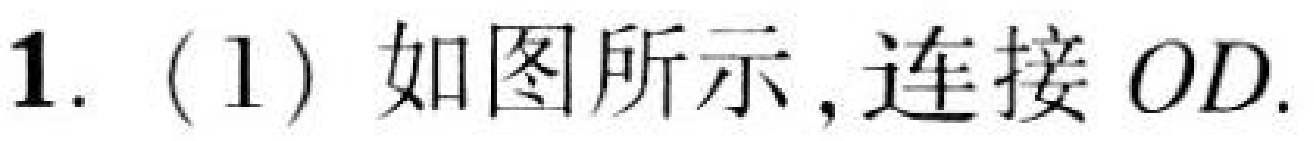
1. (1) 如图所示，连接 \(OD\).